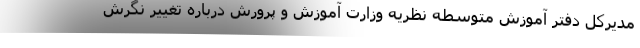
مدیرکل دفتر آموزش متوسطه نظریه وزارت آموزش و پرورش درباره تغییر نگرش